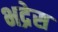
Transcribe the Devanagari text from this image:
भद्रेस